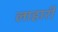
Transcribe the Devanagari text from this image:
लाहारी